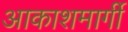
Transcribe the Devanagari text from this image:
आकाशमार्गी